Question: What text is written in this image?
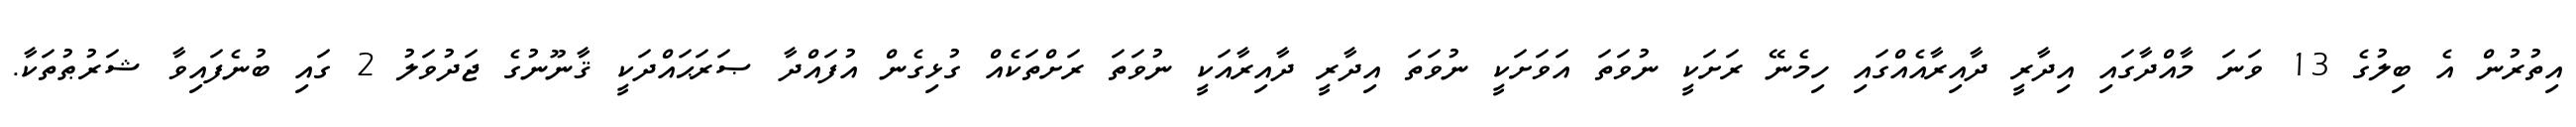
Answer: އިތުރުން އެ ބިލުގެ 13 ވަނަ މާއްދާގައި އިދާރީ ދާއިރާއެއްގައި ހިމެނޭ ރަށަކީ ނުވަތަ އަވަށަކީ ނުވަތަ އިދާރީ ދާއިރާއަކީ ނުވަތަ ރަށްތަކެއް ގުޅިގެން އުފައްދާ ޞަރަޙައްދަކީ ޤާނޫނުގެ ޖަދުވަލު 2 ގައި ބުނެފައިވާ ޝަރުޠުތަކާ.